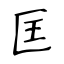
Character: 匡